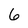
Character: 6